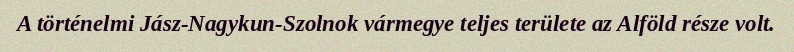
A történelmi Jász-Nagykun-Szolnok vármegye teljes területe az Alföld része volt.